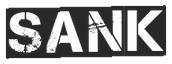
SANK